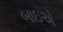
બાઇએ